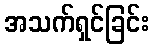
အသက်ရှင်ခြင်း